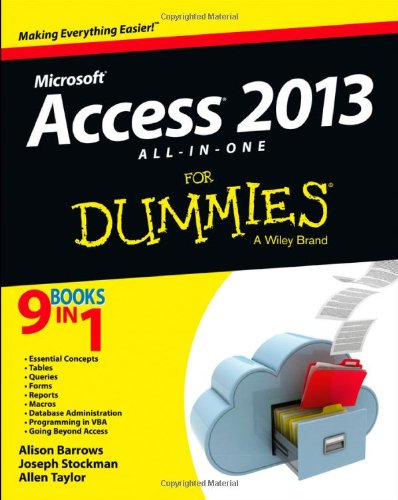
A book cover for Access 2013 All-in-One For Dummies; Alison Barrows; Computers & Technology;